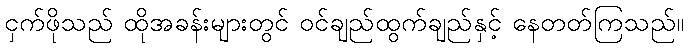
ငှက်ဖိုသည် ထိုအခန်းများတွင် ဝင်ချည်ထွက်ချည်နှင့် နေတတ်ကြသည်။